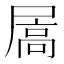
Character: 𪨓